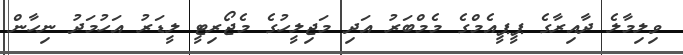
ވިލިމާލެ ދާއިރާގެ ޕީޕީއެމްގެ މެމްބަރު އަދި މަޖިލީހުގެ މެޖޯރިޓީ ލީޑަރު އަހުމަދު ނިހާން